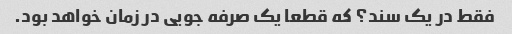
فقط در یک سند؟ که قطعا یک صرفه جویی در زمان خواهد بود.